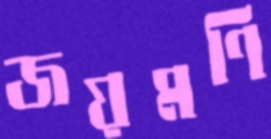
জয়মণি